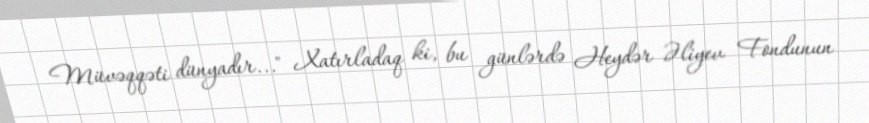
Müvəqqəti dünyadır..." Xatırladaq ki, bu günlərdə Heydər Əliyev Fondunun